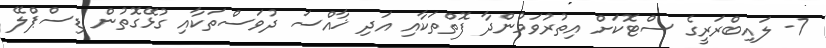
7- ލައިބްރަރީގެ ސްޓޮކަށް އިތުރުވަމުންދާ ފޮތްތަކާއި އަދި ޚާއްސަ ދުވަސްތަކާއި ގުޅޭގޮތުން ޑިސްޕްލޭ